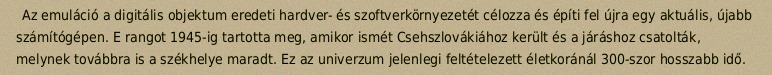
Az emuláció a digitális objektum eredeti hardver- és szoftverkörnyezetét célozza és építi fel újra egy aktuális, újabb számítógépen. E rangot 1945-ig tartotta meg, amikor ismét Csehszlovákiához került és a járáshoz csatolták, melynek továbbra is a székhelye maradt. Ez az univerzum jelenlegi feltételezett életkoránál 300-szor hosszabb idő.